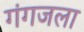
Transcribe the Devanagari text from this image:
गंगजला